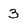
Character: 3